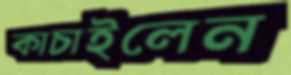
কাচাইলেন